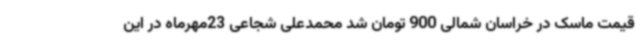
قیمت ماسک در خراسان شمالی 900 تومان شد محمدعلی شجاعی 23مهرماه در این